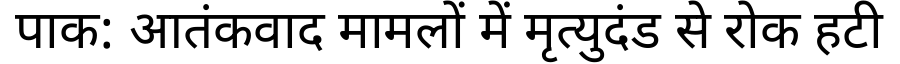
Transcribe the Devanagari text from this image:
पाक: आतंकवाद मामलों में मृत्युदंड से रोक हटी